Vaccination report Assam 1896-1927 - 1896-1927
Year: 1896
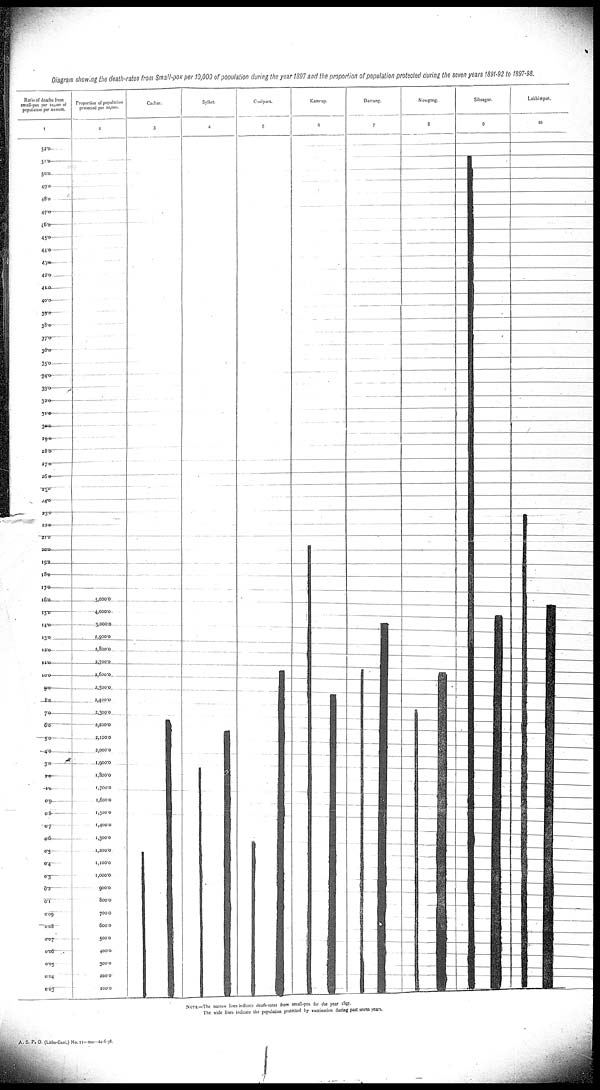
Diagram showing the death-rates from Small-pox per 10,000 of population during the year 1897 and the proportion of population protected during the seven years 1891-92 to 1897-98.
NOTE.—The narrow lines indicate death-rates from small-pox for the year 1897.
The wide lines indicate the population protected by vaccination during past seven years.
A. S. P. O. (Litho-Genl.) No. II—200—24-6-98.